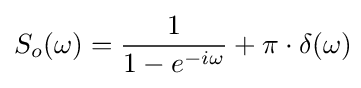
S_{o}(\omega )={\frac {1}{1-e^{-i\omega }}}+\pi \cdot \delta (\omega )\!